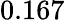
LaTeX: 0.167